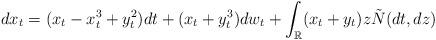
LaTeX: \begin{align*} dx_t = (x_t-x_t^3+ y_t^2)dt+(x_t+y_t^3)dw_t+ \int_{\mathbb{R}} (x_t+y_t) z \tilde N(dt,dz)\end{align*}